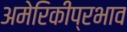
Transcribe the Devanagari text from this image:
अमेरिकीप्रभाव